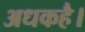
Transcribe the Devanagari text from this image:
अधकहै।